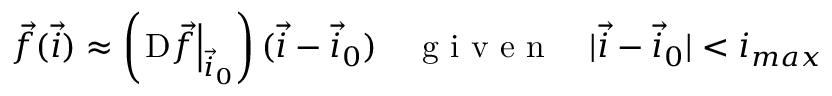
\vec { f } ( \vec { i } ) \approx \left( \left. \mathrm { D } \vec { f } \right| _ { \vec { i } _ { 0 } } \right) ( \vec { i } - \vec { i } _ { 0 } ) \quad \textrm { g i v e n } \quad | \vec { i } - \vec { i } _ { 0 } | < i _ { m a x }